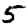
Digit: 5